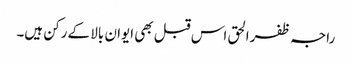
راجہ ظفرالحق اس قبل بھی ایوان بالا کے رکن ہیں۔